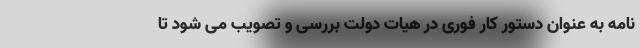
نامه به عنوان دستور کار فوری در هیات دولت بررسی و تصویب می شود تا